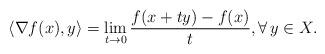
LaTeX: \begin{align*}\langle \nabla f(x),y\rangle=\lim_{t\to 0}\frac{f(x+ty)-f(x)}{t},\forall\, y\in X.\end{align*}